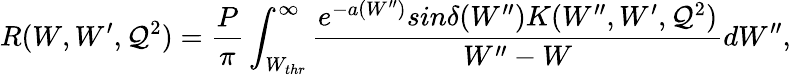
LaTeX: R(W,W^{\prime},\mathcal{Q}^{2})=\frac{{P}}{{\pi}}\int_{W_{thr}}^{\infty}\frac{{e^{-a(W^{\prime\prime})}sin\delta(W^{\prime\prime})K(W^{\prime\prime},W^{\prime},\mathcal{Q}^{2})}}{{W^{\prime\prime}-W}}dW^{\prime\prime},